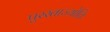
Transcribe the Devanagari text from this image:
पुरस्ताज्योतिः